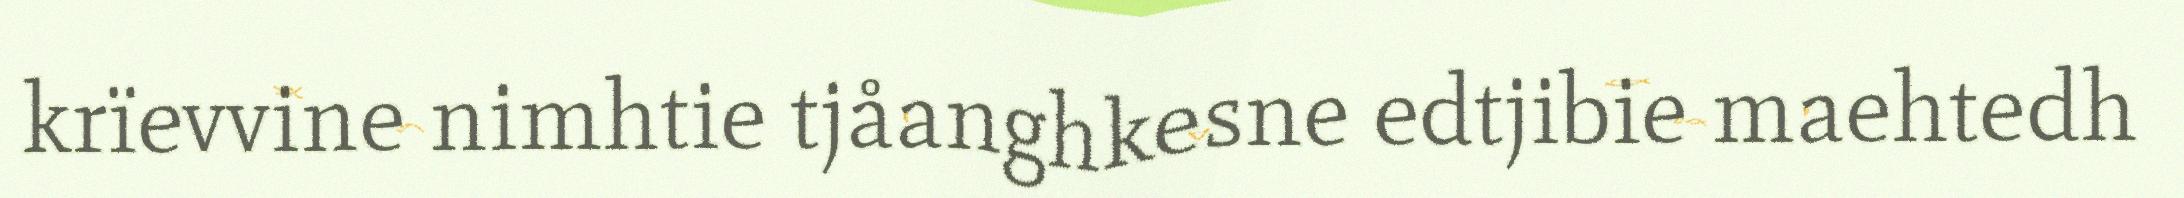
krïevvine nimhtie tjåanghkesne edtjibie maehtedh